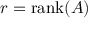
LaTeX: r = { \mathrm { r a n k } } ( A )